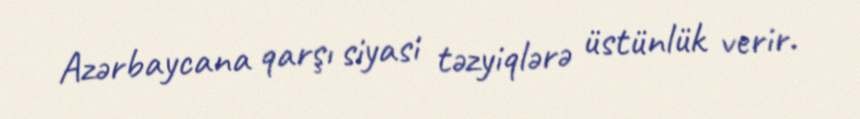
Azərbaycana qarşı siyasi təzyiqlərə üstünlük verir.